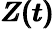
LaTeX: \pmb{Z(t)}